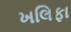
ખલિફા